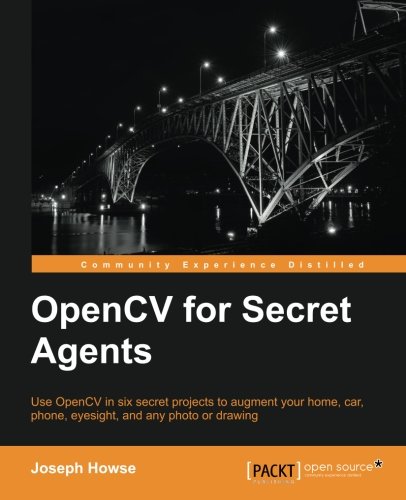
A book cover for OpenCV for Secret Agents; Joseph Howse; Computers & Technology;